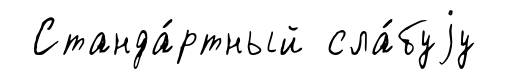
Станда́ртный сла́буjу